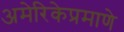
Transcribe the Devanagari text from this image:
अमेरिकेप्रमाणे